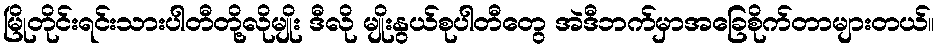
မြိုတိုင်းရင်းသားပါတီတို့လိုမျိုး ဒီလို မျိုးနွယ်စုပါတီတွေ အဲဒီဘက်မှာအခြေစိုက်တာများတယ်။